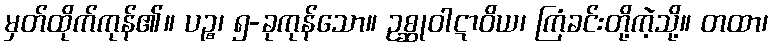
မှတ်ထိုက်ကုန်၏။ ပဉ္စ၊ ၅-ခုကုန်သော။ ဥစ္ဆုဝါဋာဝိယ၊ ကြံခင်းတို့ကဲ့သို့။ တထာ၊